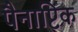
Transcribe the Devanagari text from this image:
पैनाप्टिक